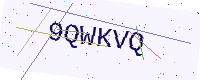
Text: 9QWKVQ